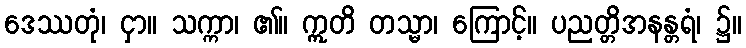
ဒေဿတုံ၊ ငှာ။ သက္ကာ၊ ၏။ ဣတိ တသ္မာ၊ ကြောင့်။ ပညတ္တိအနန္တရံ၊ ၌။